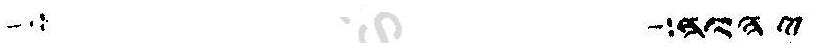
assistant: יהוה חלל